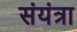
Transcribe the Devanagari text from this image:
संयंत्रा